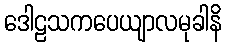
ဒေါဠသကပေယျာလမုခါနိ